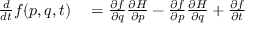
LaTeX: \begin{array} { r l } { { \frac { d } { d t } } f ( p , q , t ) } & { { } = { \frac { \partial f } { \partial q } } { \frac { \partial H } { \partial p } } - { \frac { \partial f } { \partial p } } { \frac { \partial H } { \partial q } } + { \frac { \partial f } { \partial t } } } \end{array}